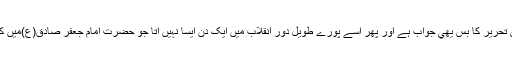
اور قاصد سے فرمايا کہ اس تحرير کا بس يھي جواب ہے اور پھر اسے پورے طويل دور انقلاب ميں ايک دن ايسا نہيں آتا جو حضرت امام جعفر صادق(ع)ميں کوئي حرکت پيدا کر سکا ھو۔